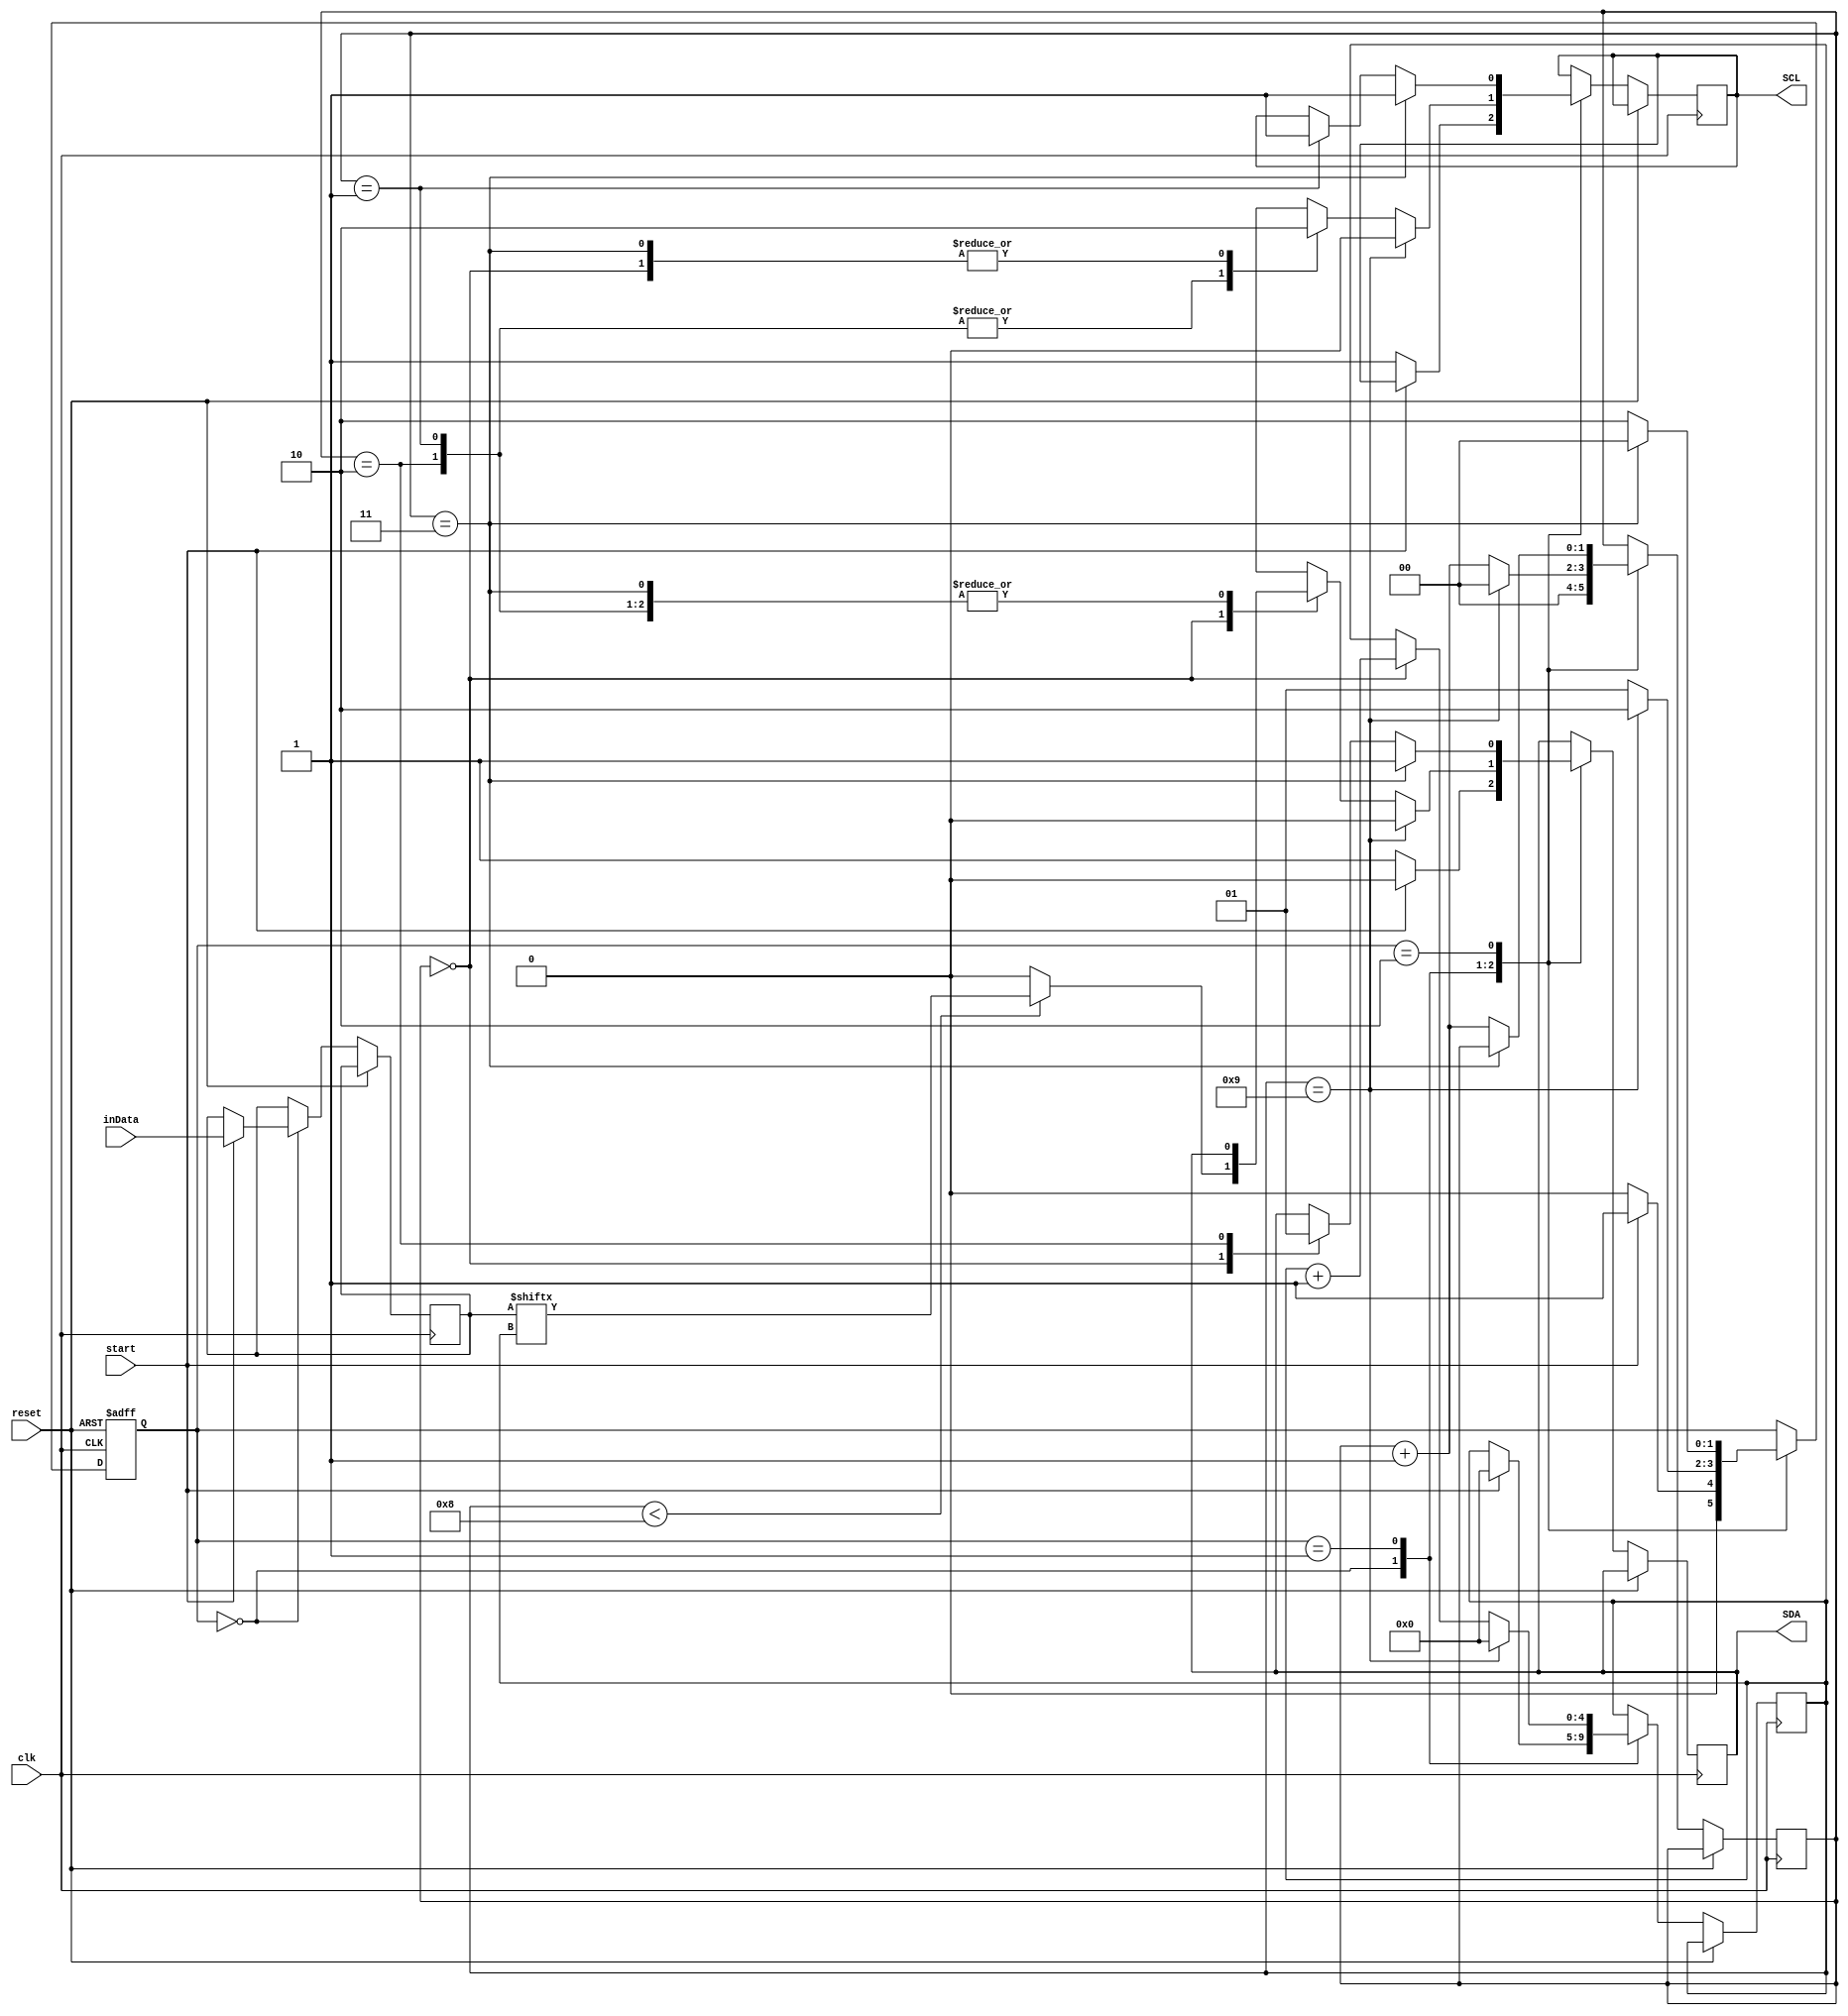


module master_i2c(clk,inData,reset,start,SDA,SCL);
	parameter size = 8;
	input	 wire clk;
	input wire [size-1:0]inData;
	input wire reset;
	input wire start;
	output reg  SDA;//SDA - 
	output reg	SCL ; //SCL - 
	
	reg [4:0]i;//   
	reg [7:0] data;
	// Declare state register
	reg		[1:0]state;
	reg [1:0]temp;//  
	//   
	parameter S0 = 0, S1 = 1, S2 = 2;
initial begin
	SDA=1;
	SCL=1;
	i=0;
	temp=0;
end


	//S0 -  
	//S1 - 
	//S2 -  
	always @ (posedge clk or posedge reset) begin

		if (reset)
			state <= S0;//      
		else
			case (state)
				S0://
					if (start)
					begin
						data <= inData;//     
						SDA <= 0;// 
						state <= S1;//    
						i<=0;
						temp<=0;
					end
					else
					begin// ,  SDA  SCL   1
						SDA <= 1;
						SCL <= 1;
						temp <= 0;
						state <= S0;//    
					end
					//--------------
				S1://
					if (i==size+1)//   
					begin//  
					//       
						SDA<=0;
						SCL<=0;
						//--------------
						i<=0;
						state <= S2;//   
						temp <=0;
					end
					else
					begin//
						case(temp)
						0:
							begin
								SCL <=0;//SCL  0,    SDA
								if(i<size)
									SDA <= data[i];// i-   
								else 
									SDA =0 ;
								i <= i+1;
							end
						1:
							SCL <=1;// i- 
						2:
							SCL <=1;
						3:
							SCL <= 0;//  0  
						endcase
						temp <= temp+1;
						state <= S1;//    
					end
					//--------------
				S2://
					if (temp == 3)//   SDA    SCL,
					begin
					//	    
						SDA <= 1;
						SCL <=1;	
						//----------------------
						state <= S0;//    
					end
					else
					begin
					case(temp)//  
					0://  
						SDA <= 0;
					1://  
						SCL <= 1;
					2:
						SDA <= 1;//   SDA 
						endcase
						state <= S2;//   
						temp = temp+1;//   
					end
					//--------------
			endcase
	end
endmodule